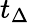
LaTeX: t_{\Delta}